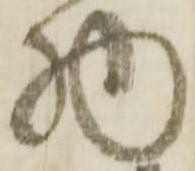
物